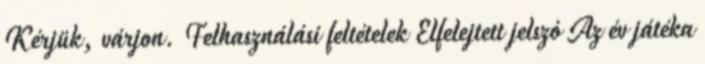
Kérjük, várjon. Felhasználási feltételek Elfelejtett jelszó Az év játéka